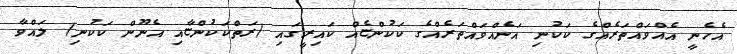
އެހެނީ އެއްވައްތަރެއްގެ ކަކުނި އަނެއްވައްތަރެއްގެ ކަކުންޏެއް ކައިރީގައި (ރަތްކަކުންޏާއި އެނޫން ކަކުނި) ލައްވާ